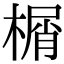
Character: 榍